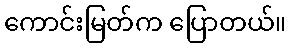
ကောင်းမြတ်က ပြောတယ်။